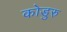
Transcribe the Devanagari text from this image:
कोडुरु